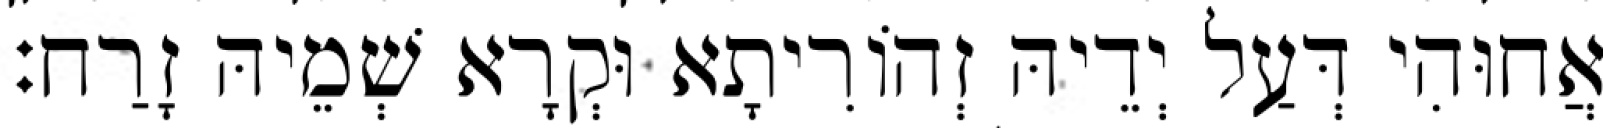
אֲחוּהִי דְּעַל יְדֵיהּ זְהוֹרִיתָא וּקְרָא שְׁמֵיהּ זָרַח׃